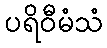
ပရိဝီမံသံ